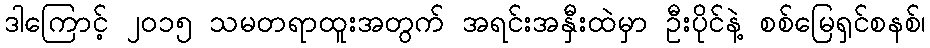
ဒါကြောင့် ၂၀၁၅ သမတရာထူးအတွက် အရင်းအနှီးထဲမှာ ဦးပိုင်နဲ့ စစ်မြေရှင်စနစ်၊